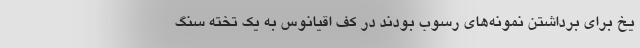
یخ برای برداشتن نمونه‌های رسوب بودند در کف اقیانوس به یک تخته سنگ